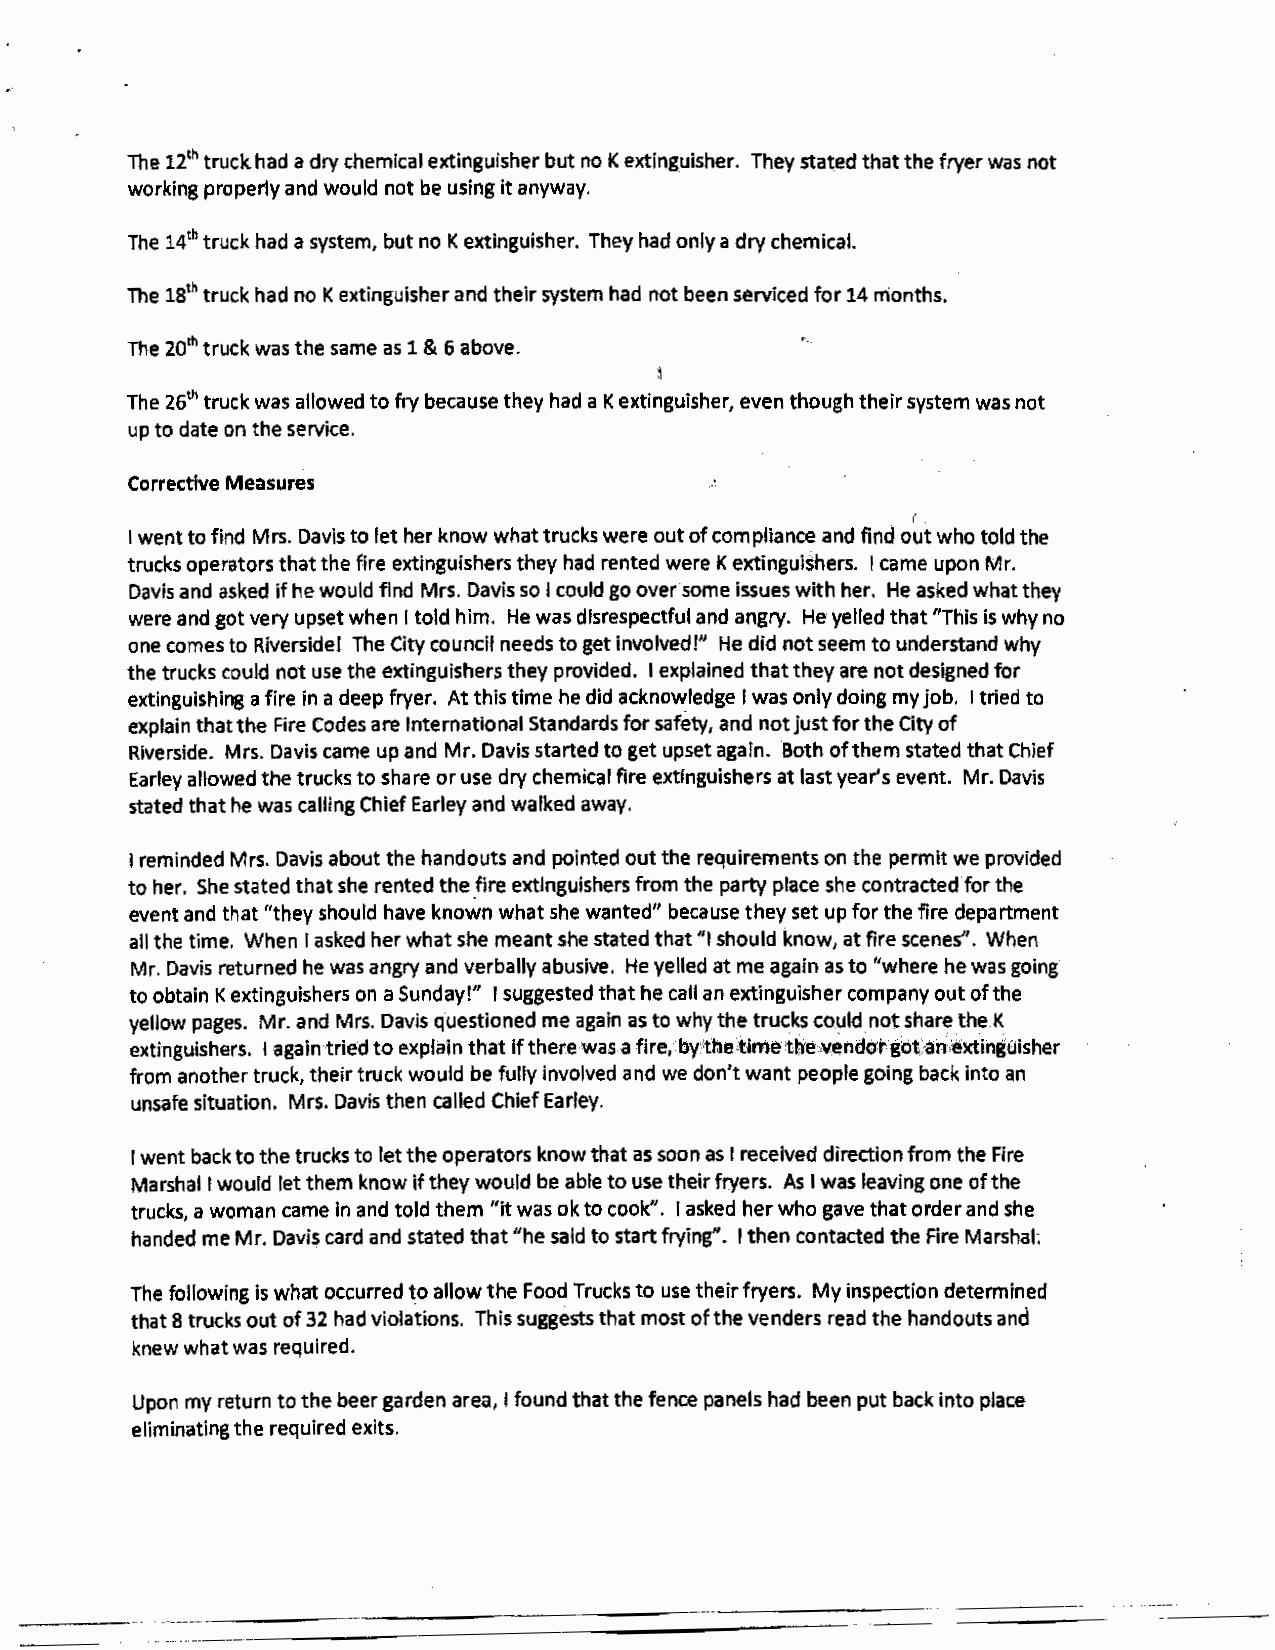
The 121 h truck had a dry chemical extinguisher but no K extinguisher. They stated that the fryer was not
 working properly and would not be using it anyway.
 The 14th truck had a system, but no K extinguisher. They had only a dry chemical.
 The 18th truck had no K extinguisher and their system had not been serviced for 14 months.
 The 20th truck was the same as 1 & 6 above.
 l
 The 26th truck was allowed to fry because they had a K extinguisher, even though their system was not
 up to date on the service.
 Corrective Measures
 (
 I went to find Mrs. Davis to let her know what trucks were out of compliance and find out who told the
 trucks operators that the fire extinguishers they had rented were K extinguishers. I came upon Mr.
 Davis and asked if he would find Mrs. Davis so I could go over some issues with her. He asked what they
 were and got very upset when I told him. He was disrespectful and angry. He yelled that "This is why no
 one comes to Riverside! The City council needs to get involved!" He did not seem to understand why
 the trucks could not use the extinguishers they provided. I explained that they are not designed for
 extinguishing a fire in a deep fryer. At this time he did acknowledge I was only doing my job. I tried to
 explain that the Fire Codes are International Standards for safety, and not just for the City of
 Riverside. Mrs. Davis came up and Mr. Davis started to get upset again. Both of them stated that Chief
 Earley allowed the trucks to share or use dry chemical fire extinguishers at last year's event. Mr. Davis
 stated that he was calling Chief Earley and walked away.
 I reminded Mrs. Davis about the handouts and pointed out the requirements on the permit we provided
 to her. She stated that she rented the .fire extinguishers from the party place she contracted for the
 event and that "they should have known what she wanted" because they set up for the fire department
 all the time. When I asked her what she meant she stated that "I should know, at fire scenes". When
 Mr. Davis returned he was angry and verbally abusive. He yelled at me again as to "where he was going
 to obtain K extinguishers on a Sunday!" I suggested that he call an extinguisher company out of the
 yellow pages. Mr. and Mrs. Davis questioned me again as to why the trucks could not share the K
 extinguishers. I again tried to explain that ifthere wasa fire, by·tbe·time:tbe.vendorgot·anextinguisher
 from another truck, their truck would be fully involved and we don't want people going back into an
 unsafe situation. Mrs. Davis then called Chief Earley.
 1w ent back to the trucks to let the operators know that as soon as I received direction from the Fire
 Marshall would let them know if they would be able to use their fryers. As I was leaving one of the
 trucks, a woman came in and told them "it was ok to cook". I asked her who gave that order and she
 handed me Mr. Davis card and stated that "he said to start frying". I then contacted the Fire Marshal;
 The following is what occurred ~o allow the Food Trucks to use their fryers. My inspection determined
 that 8 trucks out of 32 had violations. This suggests that most of the venders read the handouts and
 knew what was required.
 Upon my return to the beer garden area, I found that the fence panels had been put back into place
 eliminating the required exits.